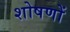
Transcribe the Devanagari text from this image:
शोषणों